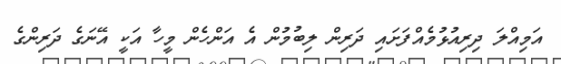
އަމިއްލަ ދިރިއުޅުމެއްފަށައި ދަރިން ލިބުމުން އެ އަންހެން މީހާ އަކީ އޭނަގެ ދަރިންގެ